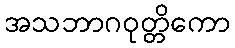
အသဘာဂဝုတ္တိကော